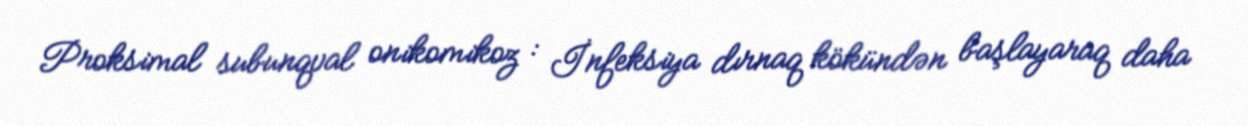
Proksimal subunqval onikomikoz : İnfeksiya dırnaq kökündən başlayaraq daha